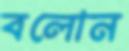
বলোন